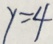
y = 4